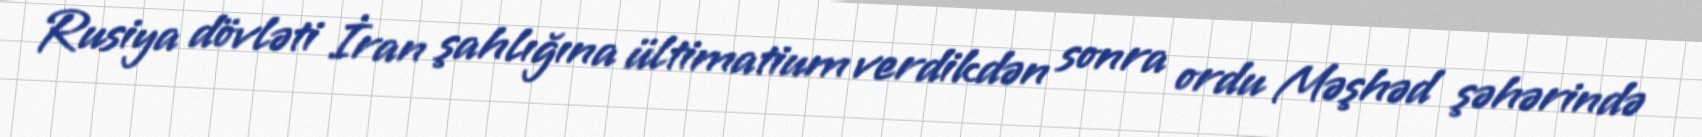
Rusiya dövləti İran şahlığına ültimatium verdikdən sonra ordu Məşhəd şəhərində